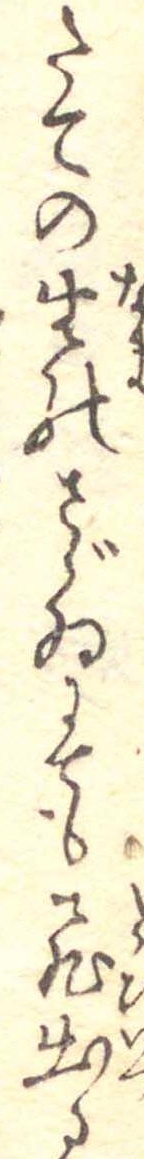
たての生のさゞゐにても飛出る